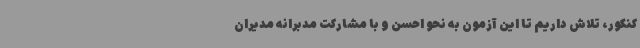
کنکور، تلاش داریم تا این آزمون به نحو احسن و با مشارکت مدبرانه مدیران